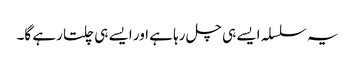
یہ سلسلہ ایسے ہی چل رہا ہے اور ایسے ہی چلتا رہے گا۔